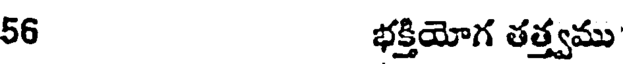
56 భక్తియోగ తత్త్వము